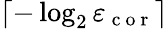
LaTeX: \left\lceil-\log_{2}\varepsilon_{\mathrm{~c~o~r~}}\right\rceil